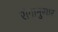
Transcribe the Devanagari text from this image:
रोगानुसार